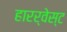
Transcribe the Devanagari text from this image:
हारर्वेस्ट